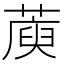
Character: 𦺮